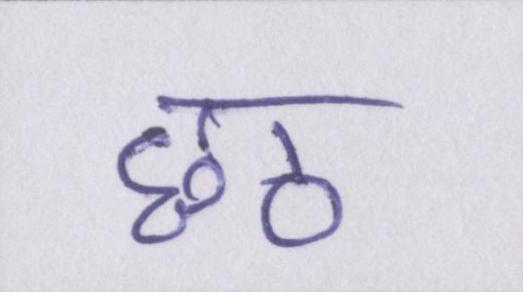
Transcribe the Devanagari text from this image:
छठ